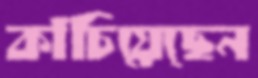
কাঁচিয়েছেন